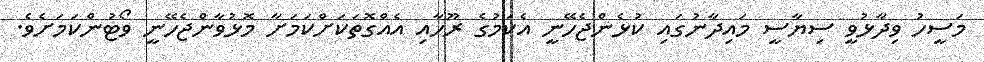
މަސީހު ވިދާޅުވީ ސިޔާސީ މައިދާނުގައި ކުޅެންޖެހޭނީ އެކަމުގެ ރޫހާއި އެއްގޮތަކަށްކަމަށާ މޮޅުވާންޖެހޭނީ ވޯޓުންކަމަށެވެ.